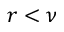
r < \nu